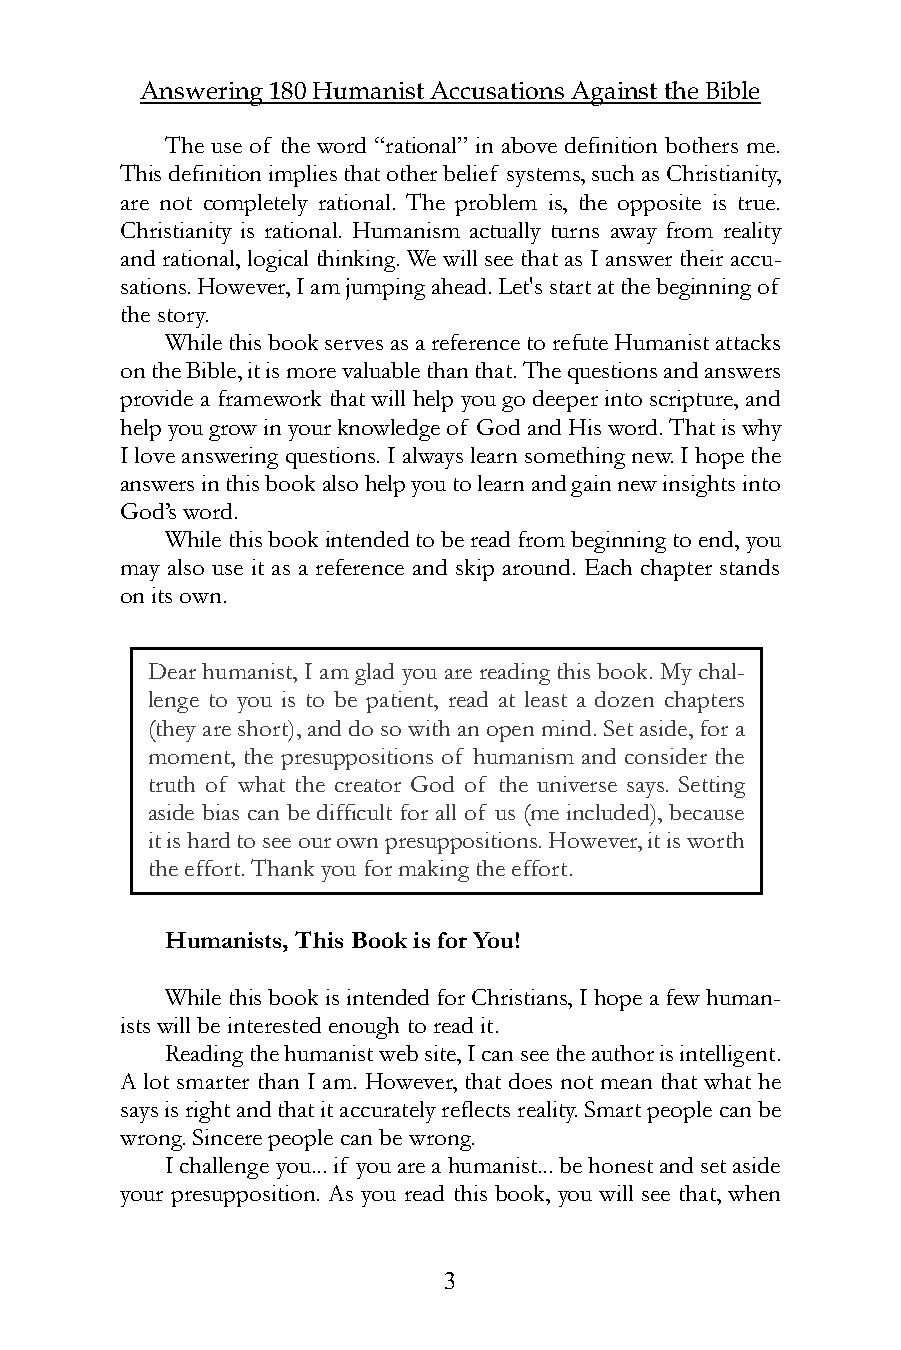
Answering 180 Humanist Accusations Against the Bible
 The use of the word “rational” in above definition bothers me.
 This definition implies that other belief systems, such as Christianity,
 are not completely rational. The problem is, the opposite is true.
 Christianity is rational. Humanism actually turns away from reality
 and rational, logical thinking. We will see that as I answer their accu-
 sations. However, I am jumping ahead. Let's start at the beginning of
 the story.
 While this book serves as a reference to refute Humanist attacks
 on the Bible, it is more valuable than that. The questions and answers
 provide a framework that will help you go deeper into scripture, and
 help you grow in your knowledge of God and His word. That is why
 I love answering questions. I always learn something new. I hope the
 answers in this book also help you to learn and gain new insights into
 God’s word.
 While this book intended to be read from beginning to end, you
 may also use it as a reference and skip around. Each chapter stands
 on its own.
 Dear humanist, I am glad you are reading this book. My chal-
 lenge to you is to be patient, read at least a dozen chapters
 (they are short), and do so with an open mind. Set aside, for a
 moment, the presuppositions of humanism and consider the
 truth of what the creator God of the universe says. Setting
 aside bias can be difficult for all of us (me included), because
 it is hard to see our own presuppositions. However, it is worth
 the effort. Thank you for making the effort.
 or a moment, the presuppositions of humanism and consider
 the truth of what the creator God of the universe says.
 Humanists, This Book is for You!
 While this book is intended for Christians, I hope a few human-
 ists will be interested enough to read it.
 Reading the humanist web site, I can see the author is intelligent.
 A lot smarter than I am. However, that does not mean that what he
 says is right and that it accurately reflects reality. Smart people can be
 wrong. Sincere people can be wrong.
 I challenge you... if you are a humanist... be honest and set aside
 your presupposition. As you read this book, you will see that, when
 3